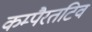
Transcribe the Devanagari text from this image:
कम्पैरतटिव